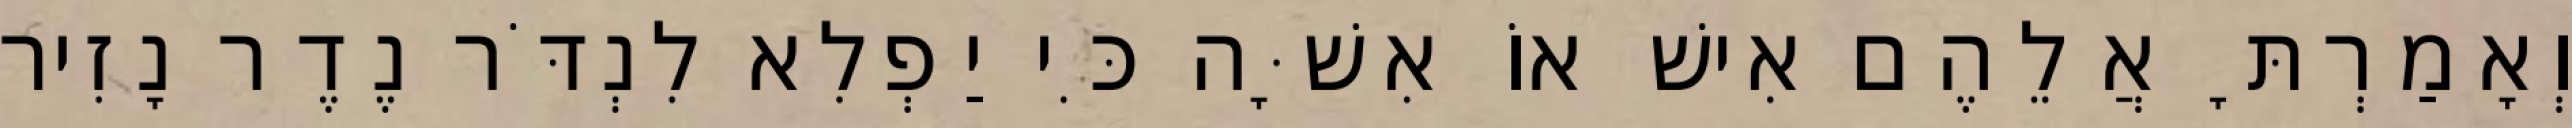
וְאָמַרְתָּ אֲלֵהֶם אִישׁ אוֹ אִשָּׁה כִּי יַפְלִא לִנְדֹּר נֶדֶר נָזִיר